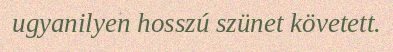
ugyanilyen hosszú szünet követett.